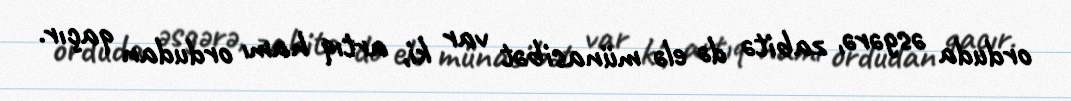
orduda əsgərə, zabitə də elə münasibət var ki, artıq hamı ordudan qaçır.